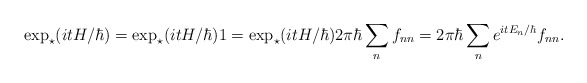
\begin{align*}\exp_\star(itH/\hbar)= \exp_\star(itH/\hbar) \* 1 =\exp_\star(itH/\hbar)\* 2\pi\hbar \sum_n f_{nn} =2\pi\hbar \sum_n e^{it E_n/\hbar }f_{nn}. \end{align*}